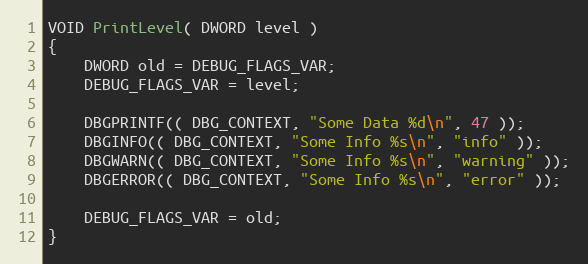
Language: C++
VOID PrintLevel( DWORD level )
{
    DWORD old = DEBUG_FLAGS_VAR;
    DEBUG_FLAGS_VAR = level;

    DBGPRINTF(( DBG_CONTEXT, "Some Data %d\n", 47 ));
    DBGINFO(( DBG_CONTEXT, "Some Info %s\n", "info" ));
    DBGWARN(( DBG_CONTEXT, "Some Info %s\n", "warning" ));
    DBGERROR(( DBG_CONTEXT, "Some Info %s\n", "error" ));

    DEBUG_FLAGS_VAR = old;
}